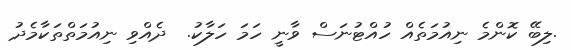
.ލިބޭ ކޮންމެ ނިއުމަތެއް ހުއްޓުނަސް ވާނީ ހަމަ ހަލާކު.  ދެއްވި ނިއުމަތްތަކާމެދު